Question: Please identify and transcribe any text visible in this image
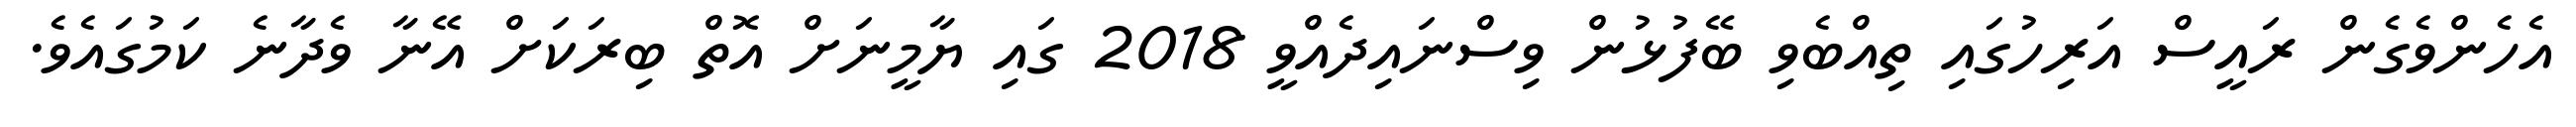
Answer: އެހެންވެގެން ރައީސް އަރިހުގައި ތިއްބެވި ބޭފުޅުން ވިސްނައިދެއްވީ 2018 ގައި ޔާމީނަށް އޮތް ބިރަކަށް އޭނާ ވެދާނެ ކަމުގައެވެ.